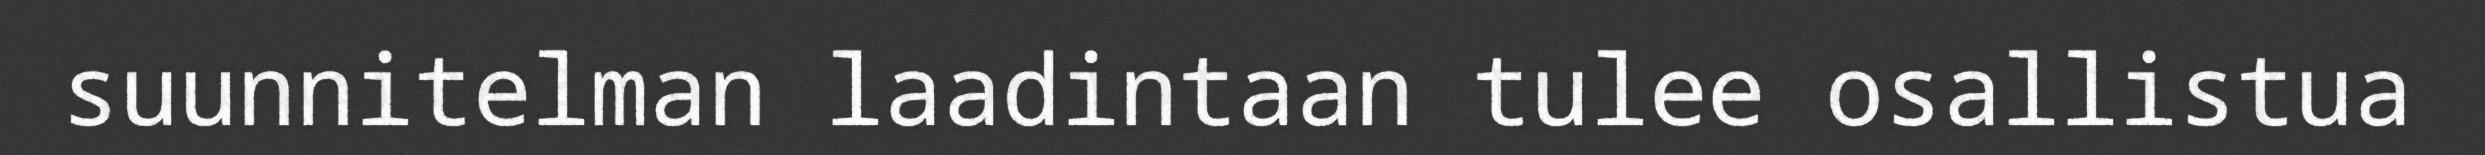
suunnitelman laadintaan tulee osallistua